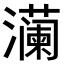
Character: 𬉠